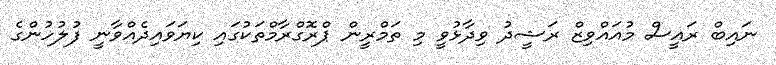
ނައިބް ރައީސް މުއައްވިޒް ރަޝީދު ވިދާޅުވީ މި ތަމްރީން ޕްރޮގްރާމްތަކުގައި ކިޔަވައިދެއްވާނީ ފުލުހުންގެ